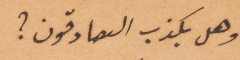
وهل يكذب الصادقون؟